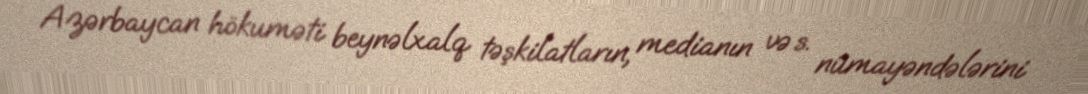
Azərbaycan hökuməti beynəlxalq təşkilatların, medianın və s. nümayəndələrini